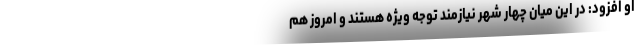
او افزود: در این میان چهار شهر نیازمند توجه ویژه هستند و امروز هم